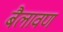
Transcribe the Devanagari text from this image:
बैलावण